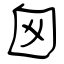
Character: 囪